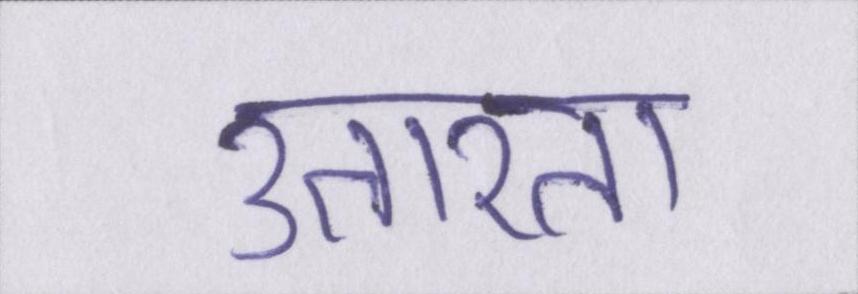
उतारता